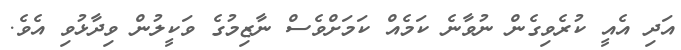
އަދި އެއީ ކުރެވިގެން ނުވާނެ ކަމެއް ކަމަށްވެސް ނާޒިމުގެ ވަކީލުން ވިދާޅުވި އެވެ.